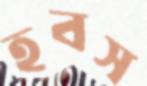
হবস